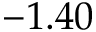
- 1 . 4 0